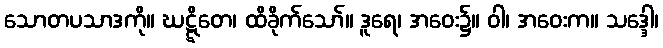
သောတပသာဒကို။ ဃဋ္ဋိတေ၊ ထိခိုက်သော်။ ဒူရေ၊ အဝေး၌။ ဝါ၊ အဝေးက။ သဒ္ဒေါ၊